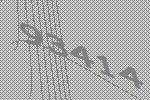
93414